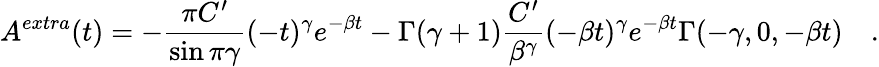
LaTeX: A^{extra}(t)=-\frac{\pi C^{\prime}}{\sin\pi\gamma}(-t)^{\gamma}e^{-\beta t}-\Gamma(\gamma+1)\frac{C^{\prime}}{\beta^{\gamma}}(-\beta t)^{\gamma}e^{-\beta t}\Gamma(-\gamma,0,-\beta t)\quad.